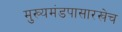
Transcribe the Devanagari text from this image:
मुख्यमंडपासारखेच